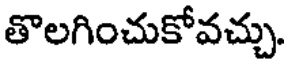
తొలగించుకోవచ్చు.